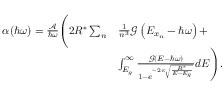
\begin{array} { r l } { \alpha ( \hbar \omega ) = \frac { \mathcal { A } } { \hbar \omega } \Bigg ( 2 R ^ { * } \sum _ { n } } & { \frac { 1 } { n ^ { 3 } } \mathcal { G } \left( E _ { x _ { n } } - \hbar \omega \right) + } \\ & { \int _ { E _ { g } } ^ { \infty } \frac { \mathcal { G } \left( E - \hbar \omega \right) } { 1 - e ^ { - 2 \pi \sqrt { \frac { R ^ { * } } { E - E _ { g } } } } } d E \Bigg ) . } \end{array}